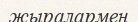
жыралармен